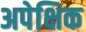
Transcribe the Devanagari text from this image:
अपेक्षिक